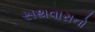
સથવારાનો